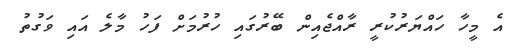
އެ މީހާ ހައްޔަރުކުރީ ރާއްޖެއިން ބޭރުގައި ހުރުމަށް ފަހު މާލެ އައި ވަގުތު